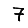
Digit: 7